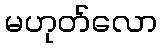
မဟုတ်လော